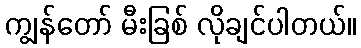
ကျွန်တော် မီးခြစ် လိုချင်ပါတယ်။